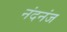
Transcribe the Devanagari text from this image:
नंदनंज